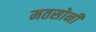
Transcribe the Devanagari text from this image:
मतसोनी